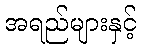
အရည်များနှင့်